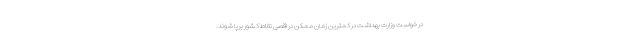
در خواست وزارت بهداشت در کمترین زمان ممکن در اقصی نقاط کشور برپا شوند.